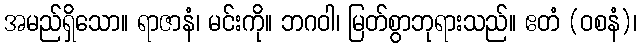
အမည်ရှိသော။ ရာဇာနံ၊ မင်းကို။ ဘဂဝါ၊ မြတ်စွာဘုရားသည်။ ဧတံ (ဝစနံ)၊